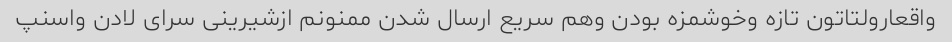
واقعارولتاتون تازه وخوشمزه بودن وهم سریع ارسال شدن ممنونم ازشیرینی سرای لادن واسنپ